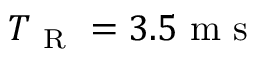
T _ { \mathrm { ~ R ~ } } = 3 . 5 \mathrm { ~ m ~ s ~ }